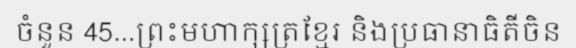
ចំនួន 45...ព្រះមហាក្សត្រខ្មែរ និងប្រធានាធិតីចិន